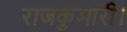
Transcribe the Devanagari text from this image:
राजकुमारी।